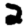
Digit: 2